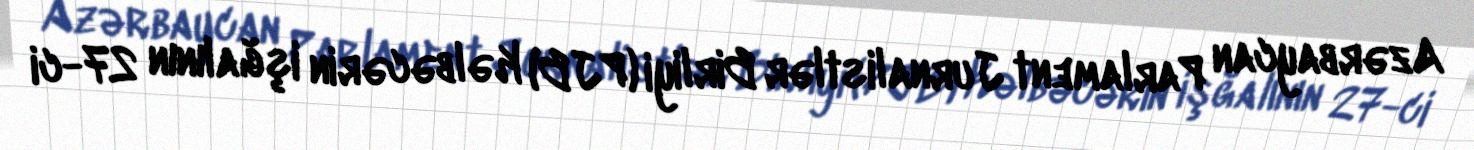
Azərbaycan Parlament Jurnalistlər Birliyi (PJB) Kəlbəcərin işğalının 27-ci